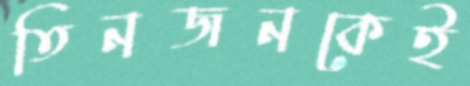
তিনজনকেই